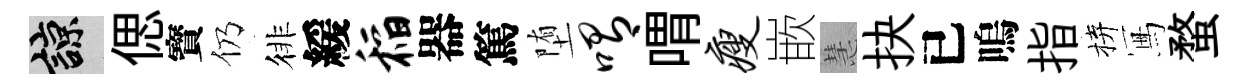
諒偲寳仍徘緩稻器篤堕喟喟瘦嵌慧抉已嗚指拚冩蝥